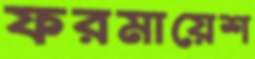
ফরমায়েশ